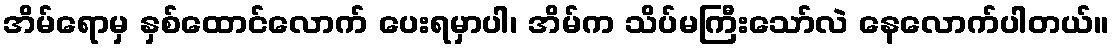
အိမ်ရောမှ နှစ်ထောင်လောက် ပေးရမှာပါ၊ အိမ်က သိပ်မကြီးသော်လဲ နေလောက်ပါတယ်။